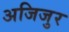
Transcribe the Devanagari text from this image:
अजिजुर